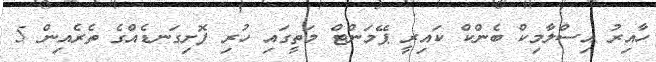
ހާއިރު އިސްލާމިކް ބެންކް ކައިރީ ޕޭމަންޓް މަތީގައި ހުރި ފޮށިގަނޑެއްގެ ތެރެއިން 5